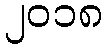
၂၀၁၈